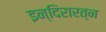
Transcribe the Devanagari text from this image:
इन्दिरारत्न